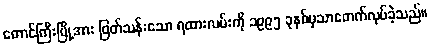
တောင်ကြီးမြို့အား ဖြတ်သန်းသော ရထားလမ်းကို ၁၉၉၅ ခုနှစ်မှသာဖောက်လုပ်ခဲ့သည်။